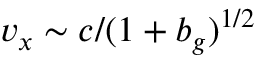
v _ { x } \sim c / ( 1 + b _ { g } ) ^ { 1 / 2 }